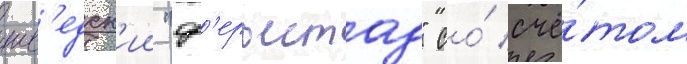
шв'едск'ии "ф'ерьестад" со́ счё́том